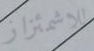
للاشمئزاز